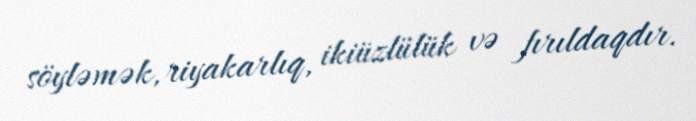
söyləmək, riyakarlıq, ikiüzlülük və fırıldaqdır.